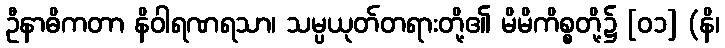
ဦနာဓိကတာ နိဝါရဏရသာ၊ သမ္ပယုတ်တရားတို့၏ မိမိကိစ္စတို့၌ [၀၁] (နိ၊